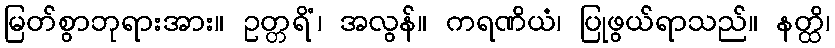
မြတ်စွာဘုရားအား။ ဥတ္တရိံ၊ အလွန်။ ကရဏိယံ၊ ပြုဖွယ်ရာသည်။ နတ္ထိ၊